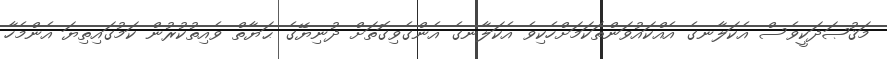
މަޤުޞަދަކީވެސް އެކަލާނގެ އެއްކައުވަންތަކަމަށްހެކިވެ އެކަލާނގެ އެންގެވިގޮތަށް ދުނިޔޭގެ ޙަޔާތް ވެއިތުކުރުން ކަމުގައިތިޔަ އެންމެހާ